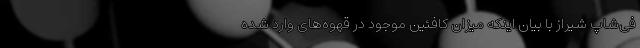
فی‌شاپ شیراز با بیان اینکه میزان کافئین موجود در قهوه‌های وارد شده